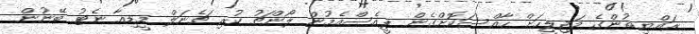
ރައްޔިތުންގެ މަޖިލީހަށް ހާއްސަކޮށްގެން ޕީއެސްއެމުން ލޯންޗު ކުރި ޗެނަލް މީޑިއާ ނެޓު ބޭނުން